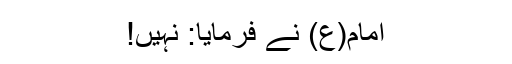
امام(ع) نے فرمایا: نہیں!